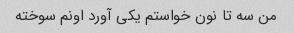
من سه تا نون خواستم یکی آورد اونم سوخته